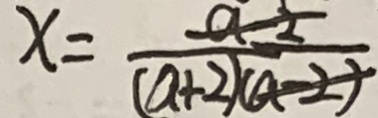
x = \frac { a - 2 } { ( a + 2 ) ( a - 2 ) }